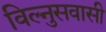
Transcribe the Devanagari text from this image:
विल्नुसवासी